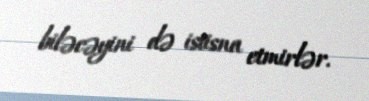
biləcəyini də istisna etmirlər.